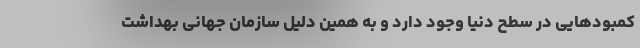
کمبودهایی در سطح دنیا وجود دارد و به همین دلیل سازمان جهانی بهداشت